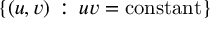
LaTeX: \{ ( u , v ) \, : \, u v = \mathrm { c o n s t a n t } \}